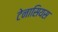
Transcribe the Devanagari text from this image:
टेनासियस